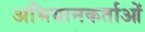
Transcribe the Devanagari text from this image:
अभियानकर्ताओं